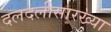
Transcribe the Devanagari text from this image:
दलदलीसारख्या